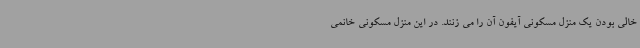
خالی بودن یک منزل مسکونی آیفون آن را می زنند. در این منزل مسکونی خانمی